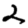
Digit: 2